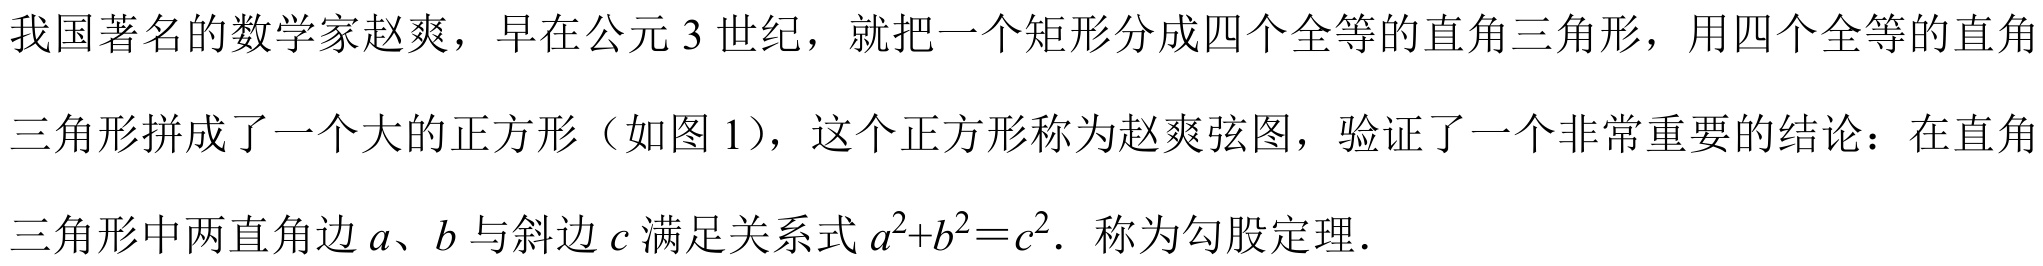
我国著名的数学家赵爽，早在公元 \(3\) 世纪，就把一个矩形分成四个全等的直角三角形，用四个全等的直角
三角形拼成了一个大的正方形（如图 \(1\)），这个正方形称为赵爽弦图，验证了一个非常重要的结论：在直角
三角形中两直角边 \(a、b\) 与斜边 \(c\) 满足关系式 \(a^{2}+b^{2}=c^{2}\). 称为勾股定理．